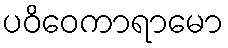
ပဝိဝေကာရာမော